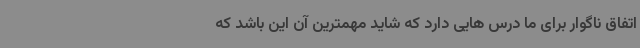
اتفاق ناگوار برای ما درس هایی دارد که شاید مهمترین آن این باشد که